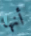
أنها